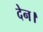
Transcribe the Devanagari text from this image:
देन।